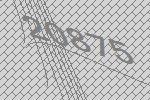
20875